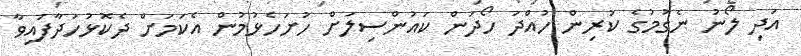
އަދި ލޯނު ނެގުމުގެ ކުރިން ހުއްދަ ހޯދަން ކައުންސިލަށް ހުށަހެޅުމުން އެކަމަށް ދެކޮޅުހަދާފައިވާ